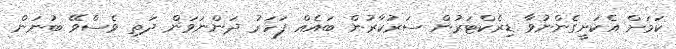
ކަމަށް އެކަށީގެންނުވާ ޑިރެކްޓަރުން ސަރުކާރުން ބައެއް ފަހަރު ދަންނަވަން ދަތި ވެސްވޭ ބުނަން